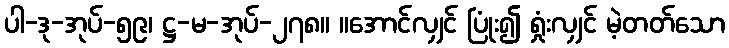
ပါ-ဒု-အုပ်-၅၉၊ ဋ္ဌ-မ-အုပ်-၂၇၈။ ။အောင်လျှင် ပြုံး၍ ရှုံးလျှင် မဲ့တတ်သော